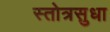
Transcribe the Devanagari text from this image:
स्तोत्रसुधा